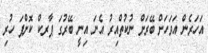
އަހަރެން އަވަހަށް ބޭރަށް ނުކުތްއިރު އެނަ އިނީ ބޭރުގަ ޕާރކް ކޮށްފަ ހުރި